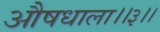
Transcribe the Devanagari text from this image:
औषधाला।।३।।